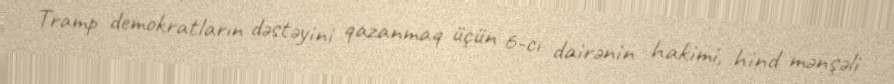
Tramp demokratların dəstəyini qazanmaq üçün 6-cı dairənin hakimi, hind mənşəli